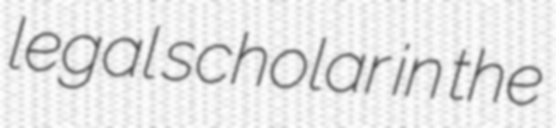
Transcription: legal scholar in the